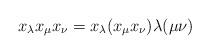
LaTeX: \begin{align*}x_{\lambda} x_{\mu}x_{\nu} = x_{\lambda} (x_{\mu}x_{\nu}) \lambda(\mu\nu)\end{align*}